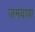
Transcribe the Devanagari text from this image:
जमवावा